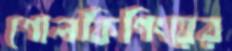
গোলকিপিংয়ের